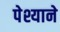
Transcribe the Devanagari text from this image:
पेश्याने